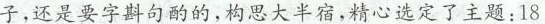
子，还是要字斟句酌的，构思大半宿，精心挑选了主题：18